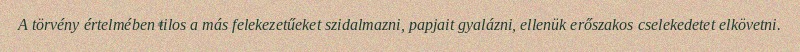
A törvény értelmében tilos a más felekezetűeket szidalmazni, papjait gyalázni, ellenük erőszakos cselekedetet elkövetni.